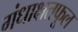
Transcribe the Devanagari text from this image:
गंधाक्षतफूल